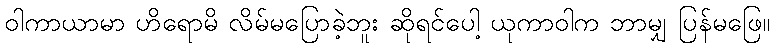
ဝါကာယာမာ ဟိရောမိ လိမ်မပြောခဲ့ဘူး ဆိုရင်ပေါ့ ယုကာဝါက ဘာမျှ ပြန်မဖြေ။